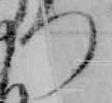
つ